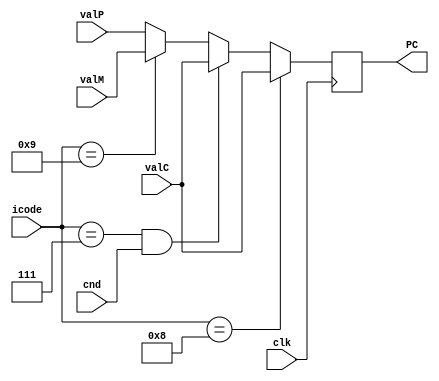
module PC_Update(PC, icode, cnd, valC, valM, valP, clk);

input [3:0] icode;
input cnd;
input signed [63:0] valC;
input signed [63:0] valM;
input signed [63:0] valP;
input clk;

output reg [63:0]PC;
always @(negedge clk)
    begin
        if (icode==4'h8)
            PC=valC;
        else if ((icode==4'h7)&&(cnd))
            PC=valC;
        else if (icode==4'h9)
            PC=valM;
        else
            PC=valP;
    end

endmodule